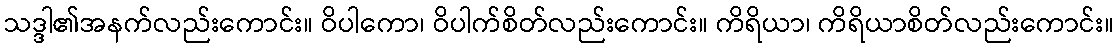
သဒ္ဒါ၏အနက်လည်းကောင်း။ ဝိပါကော၊ ဝိပါက်စိတ်လည်းကောင်း။ ကိရိယာ၊ ကိရိယာစိတ်လည်းကောင်း။